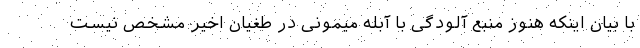
با بیان اینکه هنوز منبع آلودگی با آبله میمونی در طغیان اخیر مشخص نیست